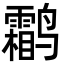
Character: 鹴